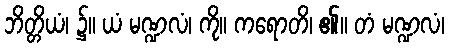
ဘိတ္တိယံ၊ ၌။ ယံ မဏ္ဍလံ၊ ကို။ ကရောတိ၊ ၏။ တံ မဏ္ဍလံ၊